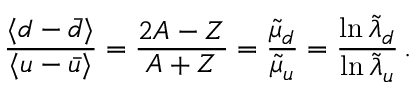
\frac { \langle d - \bar { d } \rangle } { \langle u - \bar { u } \rangle } = \frac { 2 A - Z } { A + Z } = \frac { \tilde { \mu } _ { d } } { \tilde { \mu } _ { u } } = \frac { \ln \tilde { \lambda } _ { d } } { \ln \tilde { \lambda } _ { u } } \, .